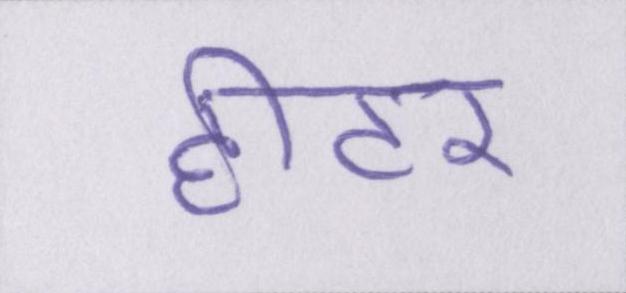
हीटर